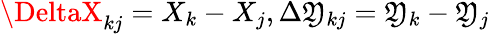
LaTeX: \DeltaX_{kj}=X_{k}-X_{j},\Delta\mathfrak{Y}_{kj}=\mathfrak{Y}_{k}-\mathfrak{Y}_{j}